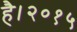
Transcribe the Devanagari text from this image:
है।२०१५